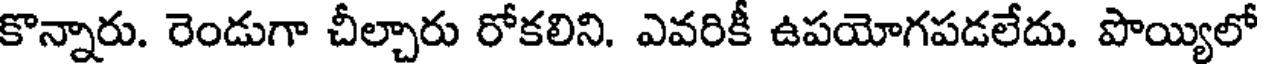
కొన్నారు. రెండుగా చీల్చారు రోకలిని. ఎవరికీ ఉపయోగపడలేదు. పొయ్యిలో